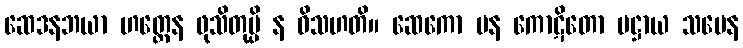
ဆေဒနဘယာ ဟတ္ထေန ဖုသိတုမ္ပိ န ဝိသဟတိ။ ဆေကော ပန ကောဋိတော ပဋ္ဌာယ သမေန